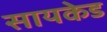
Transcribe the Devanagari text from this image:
सायकेड